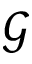
\mathcal { G }